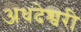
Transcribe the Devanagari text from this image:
अधदेश्वरी